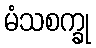
မံသစက္ခု